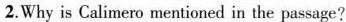
2.Why is Calimero mentioned in the passage?